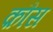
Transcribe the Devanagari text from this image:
क़ौस